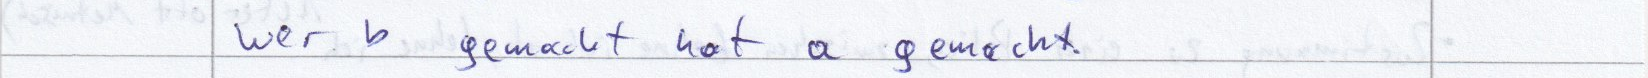
wer b gemacht hat a gemacht